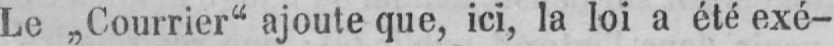
Le „Courrier“ ajoute que, ici, la loi a été exé-